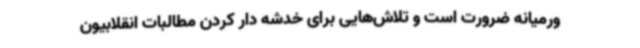
ورمیانه ضرورت است و تلاش‌هایی برای خدشه دار کردن مطالبات انقلابیون